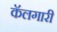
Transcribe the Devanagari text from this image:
कॅलगारी